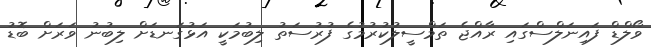
ވޯލްޑް ފައިނަލްސްގައި ރާއްޖެ ތަމްސީލުކުރުމުގެ ފުރުސަތު ލިބުމަކީ އަޅުގަނޑަށް ލިބުނު ވަރަށް ބޮޑު